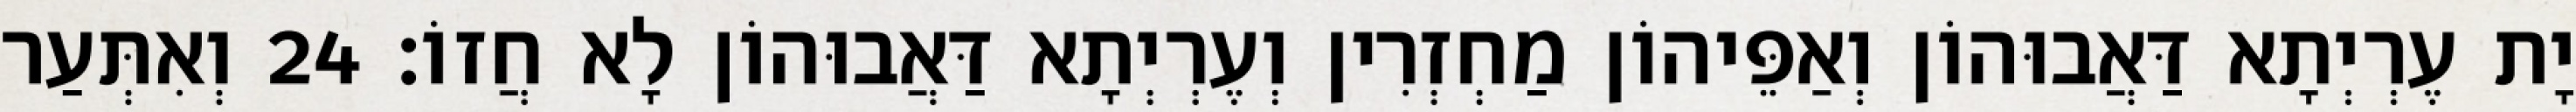
יָת עֶרְיְתָא דַּאֲבוּהוֹן וְאַפֵּיהוֹן מַחְזְרִין וְעֶרְיְתָא דַּאֲבוּהוֹן לָא חֲזוֹ׃ 24 וְאִתְּעַר